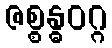
ဇစ္စန္ဓဝဂ္ဂ